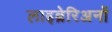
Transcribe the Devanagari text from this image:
लाइब्रेरिअनों